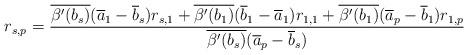
LaTeX: \begin{align*}r_{s,p}=\frac{\overline{\beta'(b_s)}(\overline{a}_1-\overline{b}_s)r_{s,1}+\overline{\beta'(b_1)}(\overline{b}_1-\overline{a}_1)r_{1,1}+\overline{\beta'(b_1)}(\overline{a}_p-\overline{b}_1)r_{1,p}}{\overline{\beta'(b_s)}(\overline{a}_p-\overline{b}_s)}\end{align*}